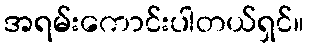
အရမ်းကောင်းပါတယ်ရှင်။